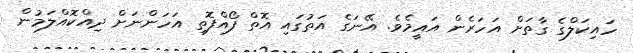
ހައިކަލްގެ ގާތަށް އަހަރެން އައީމެވެ. އޭނަގެ އަތުގައި އޮތް ފޯއްފޮތި އަހަންނަށް ދިއްކޮއްލަމުން